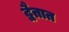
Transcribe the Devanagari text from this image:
द्वैतात